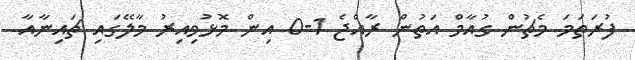
ފުރަތަމަ މެޗުން ގުއާމް އަތުން ރާއްޖެ 1-0 އިން މޮޅުވިއިރު މާލޭގައި ޗައިނާއާ